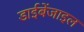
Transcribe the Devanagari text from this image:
डाईबेंजाइल